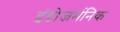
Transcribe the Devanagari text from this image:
इंडोजर्मनिक